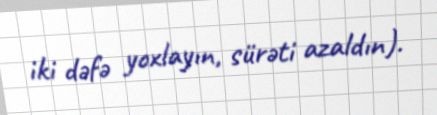
iki dəfə yoxlayın, sürəti azaldın).